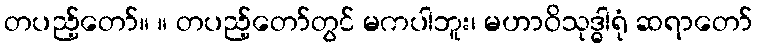
တပည့်တော်။ ။ တပည့်တော်တွင် မကပါဘူး၊ မဟာဝိသုဒ္ဓါရုံ ဆရာတော်